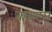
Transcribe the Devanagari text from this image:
क्लम्प्स